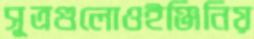
সূত্রগুলোওইঞ্জিনিয়